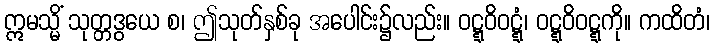
ဣမသ္မိံ သုတ္တဒွယေ စ၊ ဤသုတ်နှစ်ခု အပေါင်း၌လည်း။ ဝဋ္ဋဝိဝဋ္ဋံ၊ ဝဋ္ဋဝိဝဋ္ဋကို။ ကထိတံ၊